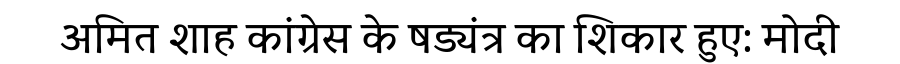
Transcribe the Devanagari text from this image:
अमित शाह कांग्रेस के षड्यंत्र का शिकार हुए: मोदी